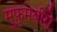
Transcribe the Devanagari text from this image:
मुफ़ुमबीरो